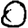
Digit: 0